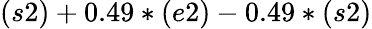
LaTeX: (s2)+0.49*(e2)-0.49*(s2)